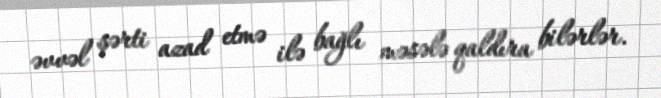
əvvəl şərti azad etmə ilə bağlı məsələ qaldıra bilərlər.